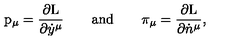
\mathrm { p } _ { \mu } = \frac { \partial \mathrm { L } } { \partial \dot { y } ^ { \mu } } \qquad \mathrm { a n d } \qquad \pi _ { \mu } = \frac { \partial \mathrm { L } } { \partial \dot { n } ^ { \mu } } ,